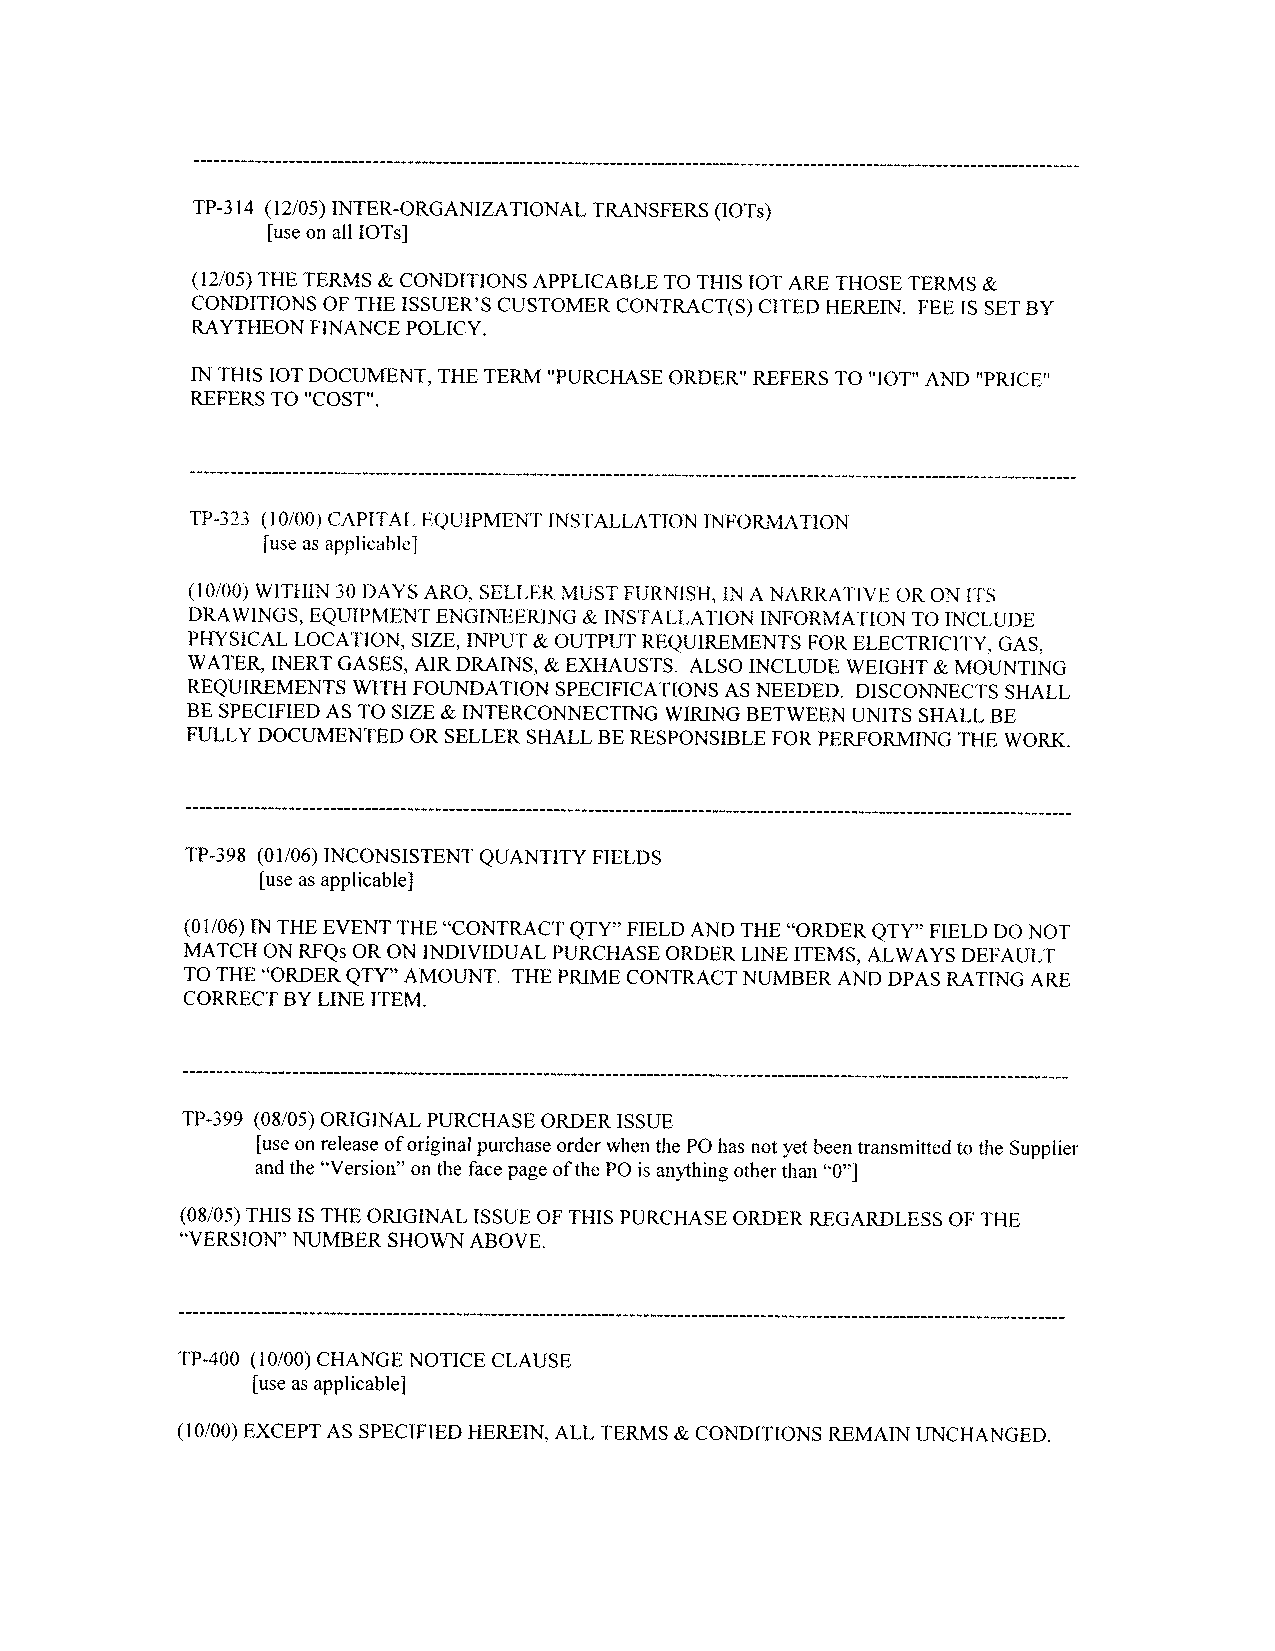
TP-3 14 (12/05) INTER-ORGANIZATIONAL TRANSFERS (lOTs)
 [use on all JOTs]
 (12/05) THE TERMS & CONDITIONS APPLICABLE TO THIS JOT ARE THOSE TERMS &
 CONDITIONS OF THE ISSUER'S CUSTOMER CONTRACT(S) CITED HEREIN. FEE IS SET BY
 RAYTHEON FINANCE POLICY.
 [N THIS lOT DOCUMENT, THE TERM "PURCHASE ORDER REFERS TO "JOT" AND 'PRICE'
 REFERS TO "COST".
 TP-323 (10/00) CAPITAL EQUIPMENT INSTALLATION INFORMATION
 [use as applicable]
 (10/00) WITHIN 30 DAYS ARO, SELLER MUST FURNISH, IN A NARRATIVE OR ON ITS
 DRAWINGS, EQUIPMENT ENGINEERING & INSTALLATION INFORMATION TO INCLUDE
 PHYSICAL LOCATION, SIZE, INPUT & OUTPUT REQUIREMENTS FOR ELECTRICITY, GAS,
 WATER, INERT GASES, AIR DRAINS, & EXHAUSTS. ALSO INCLUDE WEIGHT & MOUNTING
 REQUIREMENTS WITH FOUNDATION SPECIFICATIONS AS NEEDED. DISCONNECTS SHALL
 BE SPECIFIED AS TO SIZE & INTERCONNECTING WIRING BETWEEN UNITS SHALL BE
 FULLY DOCUMENTED OR SELLER SHALL BE RESPONSIBLE FOR PERFORMING THE WORK.
 TP-398 (0 1/06) INCONSISTENT QUANTITY FIELDS
 [use as applicable]
 (0 1/06) IN THE EVENT THE "CONTRACT QTY" FIELD AND THE "ORDER QTY" FIELD DO NOT
 MATCH ON RFQs OR ON INDIVIDUAL PURCHASE ORDER LINE ITEMS, ALWAYS DEFAULT
 TO THE "ORDER QTY" AMOUNT. THE PRIME CONTRACT NUMBER AND DPAS RATING ARE
 CORRECT BY LINE ITEM.
 TP-399 (08/05) ORIGINAL PURCHASE ORDER ISSUE
 [use on release of original purchase order when the P0 has not yet been transmitted to the Supplier
 and the "Version" on the face page of the P0 is anything other than "0"]
 (08/05) THIS IS THE ORIGINAL ISSUE OF THIS PURCHASE ORDER REGARDLESS OF THE
 "VERSION" NUMBER SHOWN ABOVE.
 TP-400 (10/00) CHANGE NOTICE CLAUSE
 [use as applicable]
 (10/00) EXCEPT AS SPECIFIED HEREIN, ALL TERMS & CONDITIONS REMAIN UNCHANGED.